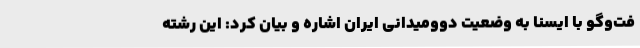
فت‌وگو با ایسنا به وضعیت دوومیدانی ایران اشاره و بیان کرد: این رشته